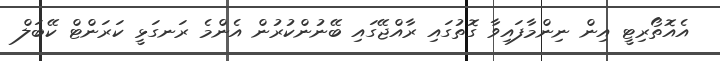
އެއޮތޯރިޓީ އިން ނިންމާފައިވާ ގޮތުގައި ރާއްޖޭގައި ބޭނުންކުރުން އެންމެ ރަނގަޅީ ކަރަންޓް ކޭބަލް